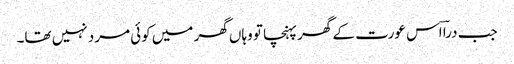
جب دراؔ اس عورت کے گھر پہنچا تو وہاں گھر میں کوئی مرد نہیں تھا۔